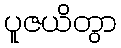
ပူဇယိတွာ